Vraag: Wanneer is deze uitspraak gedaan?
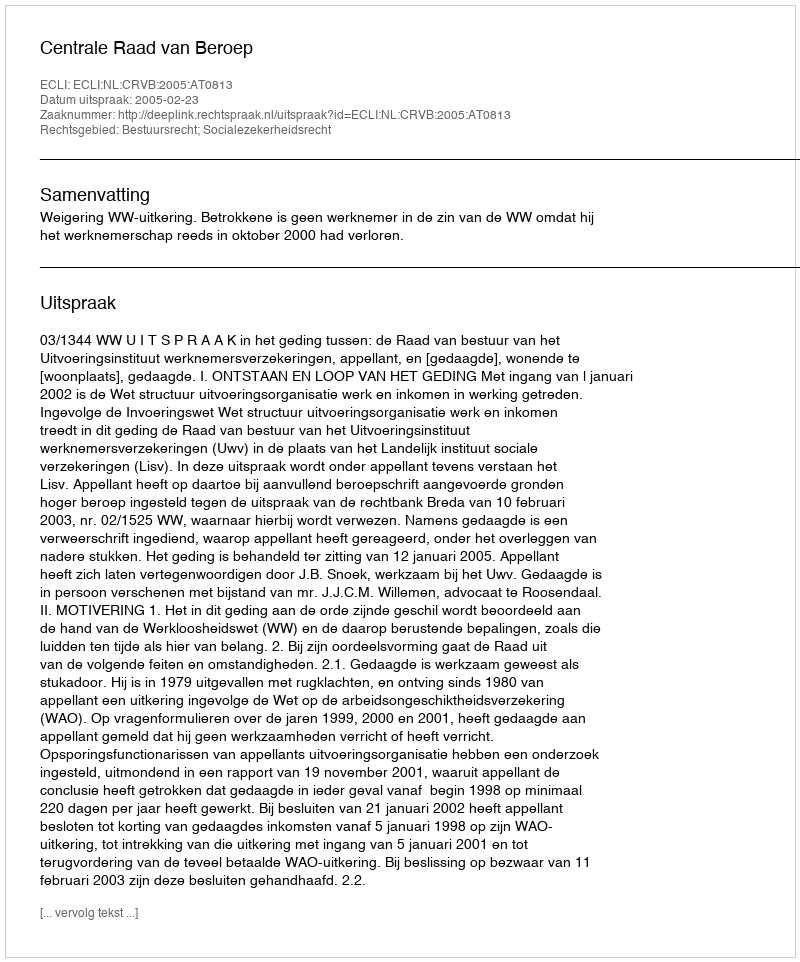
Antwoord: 2005-02-23